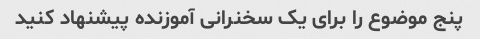
پنج موضوع را برای یک سخنرانی آموزنده پیشنهاد کنید